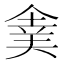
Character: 𠌉